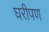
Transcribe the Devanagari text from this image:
घरीपण